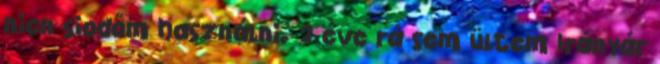
nicn siodőm használni. 2 éve rá sem ültem Irányár